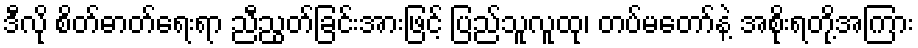
ဒီလို စိတ်ဓာတ်ရေးရာ ညီညွတ်ခြင်းအားဖြင့် ပြည်သူလူထု၊ တပ်မတော်နဲ့ အစိုးရတို့အကြား